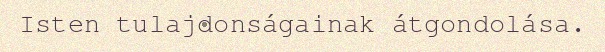
Isten tulajdonságainak átgondolása.